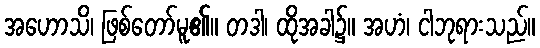
အဟောသိ၊ ဖြစ်တော်မူ၏။ တဒါ၊ ထိုအခါ၌။ အဟံ၊ ငါဘုရားသည်။